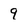
Character: 9